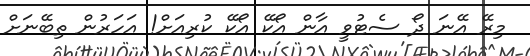
މިރޭ އޭނަ ދޯ ސެޓުވީ އާން އޯކޭ އޯކޭ ކުރިއަށް! އަހަރުން ތިބޭނަށް